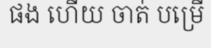
ផង ហើយ ចាត់ បម្រើ